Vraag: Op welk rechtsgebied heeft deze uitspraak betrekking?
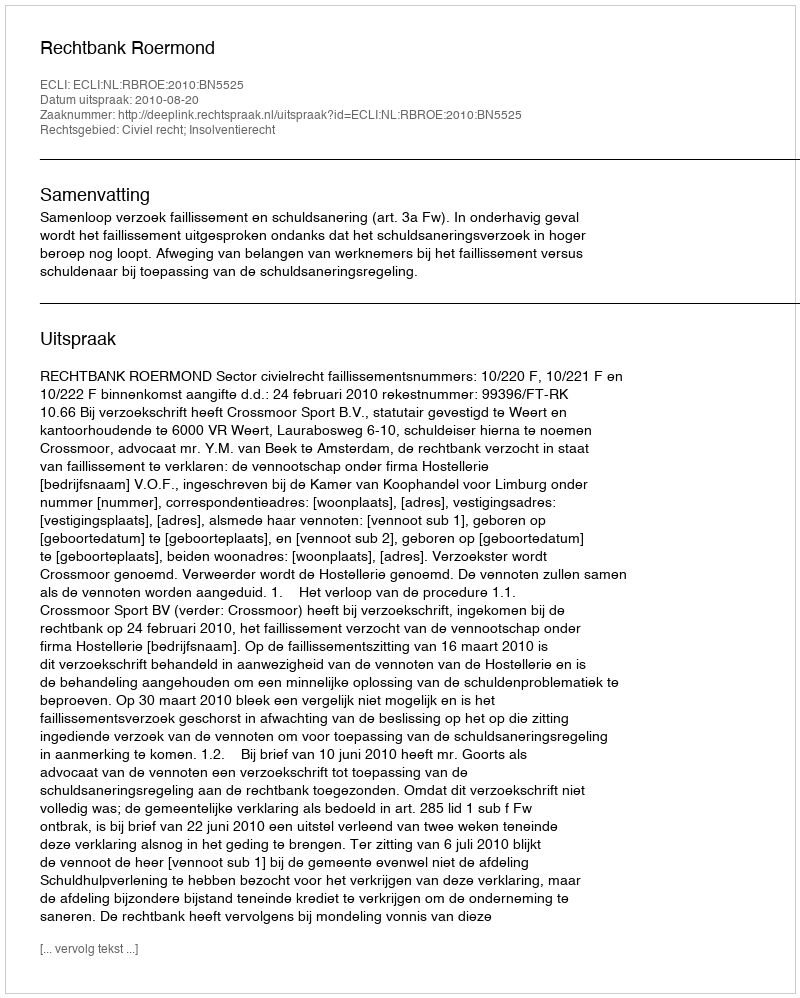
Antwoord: Civiel recht; Insolventierecht